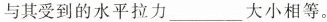
与其受到的水平拉力___大小相等。